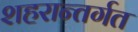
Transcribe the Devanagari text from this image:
शहरान्तर्गत